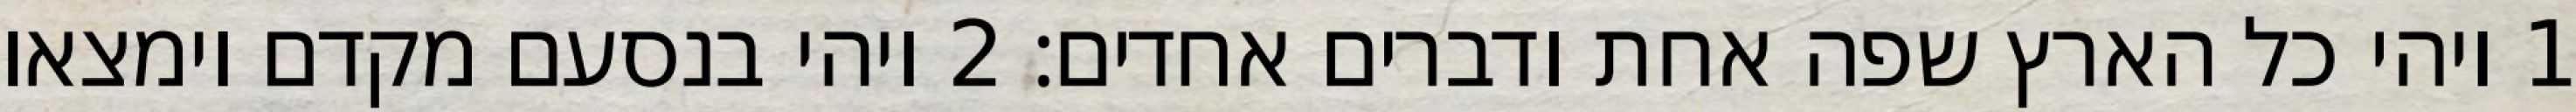
1 ויהי כל הארץ שפה אחת ודברים אחדים׃ ‎2‏ ויהי בנסעם מקדם וימצאו